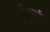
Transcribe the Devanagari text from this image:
है।भाई